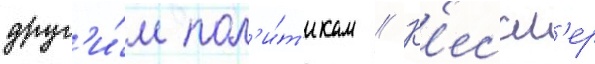
друг'и́м пол'и́т'икам // К'ессл'ер